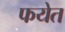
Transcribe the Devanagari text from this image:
फयेत